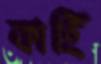
কাহিঁ